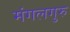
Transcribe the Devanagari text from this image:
मंगलगुरु